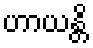
ဟာယန္တိ